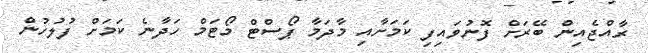
ރާއްޖެއިން ބޭރަށް ފޮނުވައިފި ކަމަށާއި މާދަމާ ޕޯސްޓް މޯޓަމް ހަދާނެ ކަމަށް ފުލުހުން